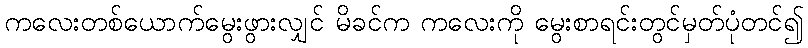
ကလေးတစ်ယောက်မွေးဖွားလျှင် မိခင်က ကလေးကို မွေးစာရင်းတွင်မှတ်ပုံတင်၍